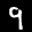
Label: 9